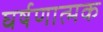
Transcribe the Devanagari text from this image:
घर्षणात्मक